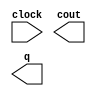
module lpm_counter063424 (
	clock,
	cout,
	q);

	input	  clock;
	output	  cout;
	output	[1:0]  q;

endmodule